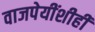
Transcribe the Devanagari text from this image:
वाजपेयींशीही